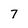
Character: 7